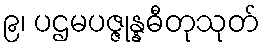
၉၊ ပဌမပဇ္ဇုန္နဓီတုသုတ်